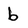
Character: b